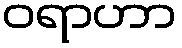
ဝရာဟာ